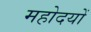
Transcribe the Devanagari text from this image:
महोदयों